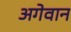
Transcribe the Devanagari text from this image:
अगेवान